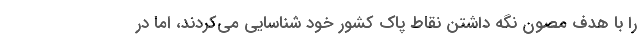
را با هدف مصون نگه داشتن نقاط پاک کشور خود شناسایی می‌کردند، اما در